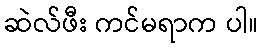
ဆဲလ်ဖီး ကင်မရာက ပါ။